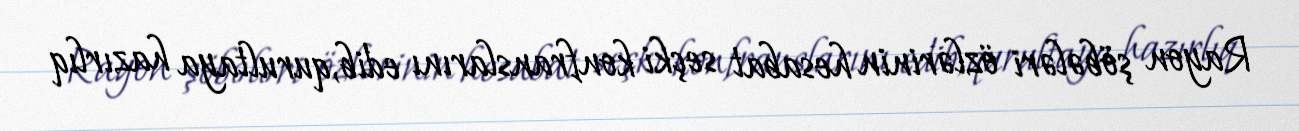
Rayon şöbələri özlərinin hesabat seçki konfranslarını edib, qurultaya hazırlıq